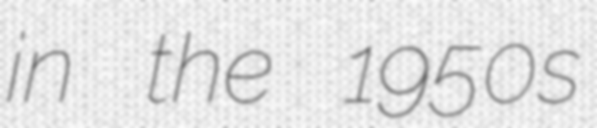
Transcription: in the 1950s